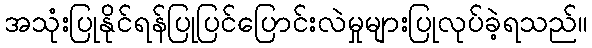
အသုံးပြုနိုင်ရန်ပြုပြင်ပြောင်းလဲမှုများပြုလုပ်ခဲ့ရသည်။